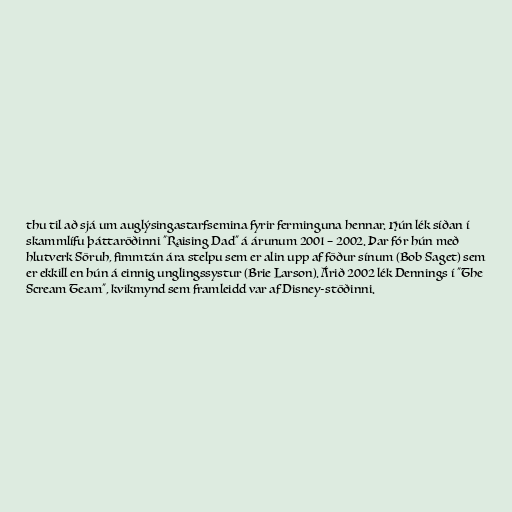
thu til að sjá um auglýsingastarfsemina fyrir ferminguna hennar. Hún lék síðan í
skammlífu þáttaröðinni "Raising Dad" á árunum 2001 – 2002. Þar fór hún með
hlutverk Söruh, fimmtán ára stelpu sem er alin upp af föður sínum (Bob Saget) sem
er ekkill en hún á einnig unglingssystur (Brie Larson). Árið 2002 lék Dennings í "The
Scream Team", kvikmynd sem framleidd var af Disney-stöðinni.